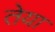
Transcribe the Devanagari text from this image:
तेया